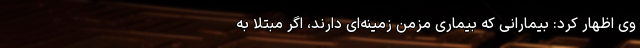
وی اظهار کرد: بیمارانی که بیماری مزمن زمینه‌ای دارند، اگر مبتلا به